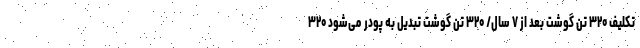
تکلیف ۳۲۰ تن گوشت بعد از ۷ سال/ ۳۲۰ تن گوشت تبدیل به پودر می‌شود ۳۲۰